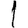
Digit: 1